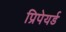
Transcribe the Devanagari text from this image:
प्रिपेयर्ड